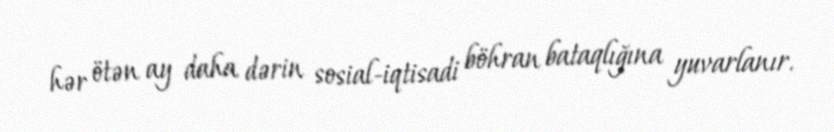
hər ötən ay daha dərin sosial-iqtisadi böhran bataqlığına yuvarlanır.